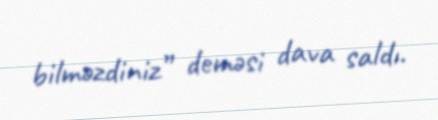
bilməzdiniz” deməsi dava saldı.